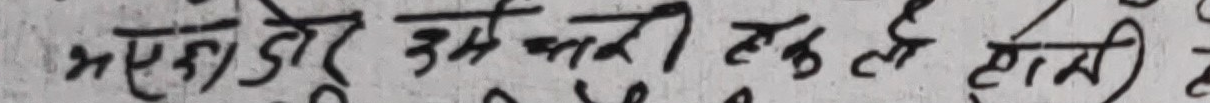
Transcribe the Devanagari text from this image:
भएउ डोरी उसम फसी तह ते होमी